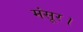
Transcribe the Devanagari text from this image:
मंसूर।